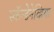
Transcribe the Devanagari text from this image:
स्कॅन्डेनेव्हिया